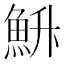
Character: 𮫳